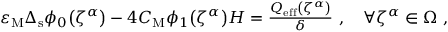
\begin{array} { r } { \varepsilon _ { \mathrm { M } } \Delta _ { \mathrm { s } } \phi _ { 0 } \mathopen { } \mathclose \bgroup \left( \zeta ^ { \alpha } \aftergroup \egroup \right) - 4 C _ { \mathrm { M } } \phi _ { 1 } \mathopen { } \mathclose \bgroup \left( \zeta ^ { \alpha } \aftergroup \egroup \right) H = \frac { Q _ { \mathrm { e f f } } \mathopen { } \mathclose \bgroup \left( \zeta ^ { \alpha } \aftergroup \egroup \right) } { \delta } ~ , \quad \forall \zeta ^ { \alpha } \in \Omega ~ , } \end{array}